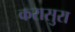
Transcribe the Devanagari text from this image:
करासुरा